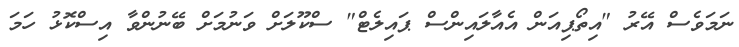
ނަމަވެސް އޭރު "އިތޯޕިއަން އެއާލައިންސް ޕައިލެޓް" ސްކޫލަށް ވަނުމަށް ބޭނުންވާ އިސްކޮޅު ހަމަ